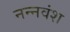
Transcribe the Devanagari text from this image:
नन्नवंश